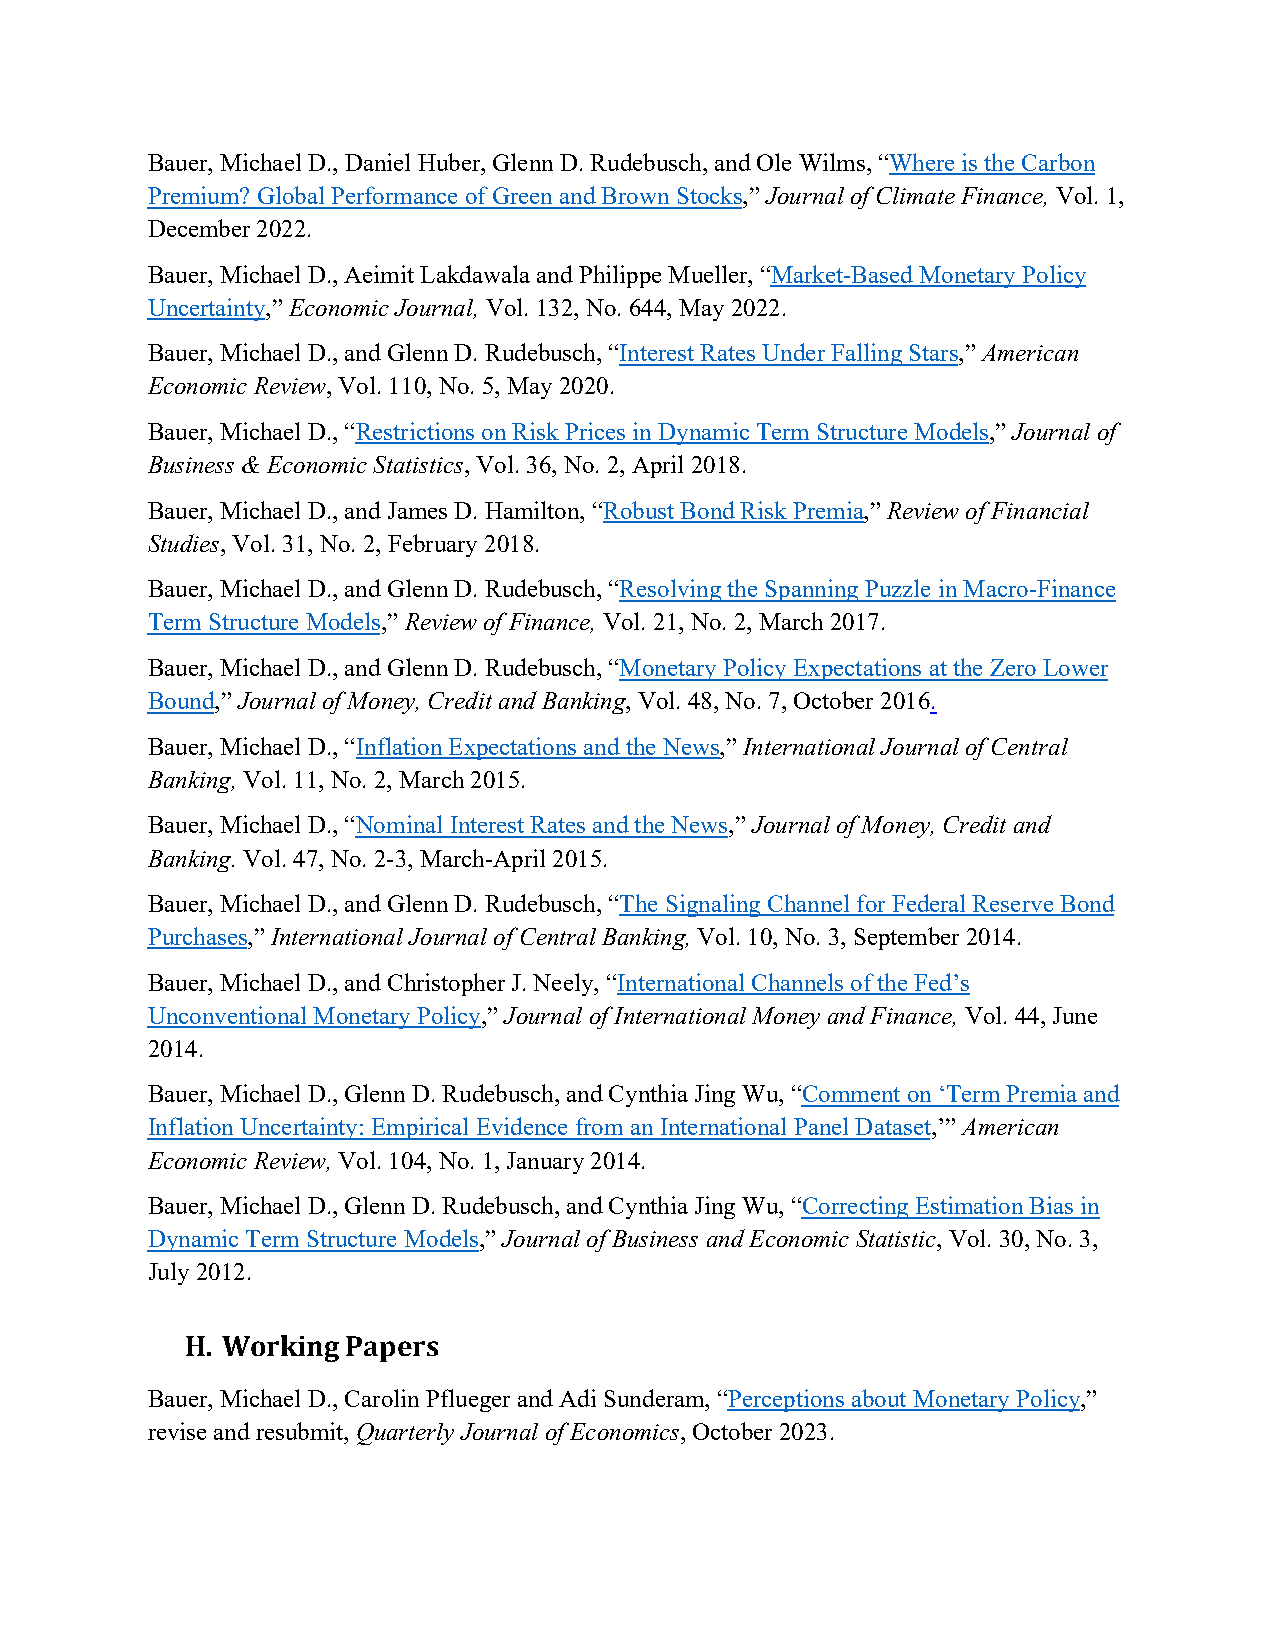
Bauer, Michael D., Daniel Huber, Glenn D. Rudebusch, and Ole Wilms, “Where is the Carbon
 Premium? Global Performance of Green and Brown Stocks,” Journal of Climate Finance, Vol. 1,
 December 2022.
 Bauer, Michael D., Aeimit Lakdawala and Philippe Mueller, “Market-Based Monetary Policy
 Uncertainty,” Economic Journal, Vol. 132, No. 644, May 2022.
 Bauer, Michael D., and Glenn D. Rudebusch, “Interest Rates Under Falling Stars,” American
 Economic Review, Vol. 110, No. 5, May 2020.
 Bauer, Michael D., “Restrictions on Risk Prices in Dynamic Term Structure Models,” Journal of
 Business & Economic Statistics, Vol. 36, No. 2, April 2018.
 Bauer, Michael D., and James D. Hamilton, “Robust Bond Risk Premia,” Review of Financial
 Studies, Vol. 31, No. 2, February 2018.
 Bauer, Michael D., and Glenn D. Rudebusch, “Resolving the Spanning Puzzle in Macro-Finance
 Term Structure Models,” Review of Finance, Vol. 21, No. 2, March 2017.
 Bauer, Michael D., and Glenn D. Rudebusch, “Monetary Policy Expectations at the Zero Lower
 Bound,” Journal of Money, Credit and Banking, Vol. 48, No. 7, October 2016.
 Bauer, Michael D., “Inflation Expectations and the News,” International Journal of Central
 Banking, Vol. 11, No. 2, March 2015.
 Bauer, Michael D., “Nominal Interest Rates and the News,” Journal of Money, Credit and
 Banking. Vol. 47, No. 2-3, March-April 2015.
 Bauer, Michael D., and Glenn D. Rudebusch, “The Signaling Channel for Federal Reserve Bond
 Purchases,” International Journal of Central Banking, Vol. 10, No. 3, September 2014.
 Bauer, Michael D., and Christopher J. Neely, “International Channels of the Fed’s
 Unconventional Monetary Policy,” Journal of International Money and Finance, Vol. 44, June
 2014.
 Bauer, Michael D., Glenn D. Rudebusch, and Cynthia Jing Wu, “Comment on ‘Term Premia and
 Inflation Uncertainty: Empirical Evidence from an International Panel Dataset,’” American
 Economic Review, Vol. 104, No. 1, January 2014.
 Bauer, Michael D., Glenn D. Rudebusch, and Cynthia Jing Wu, “Correcting Estimation Bias in
 Dynamic Term Structure Models,” Journal of Business and Economic Statistic, Vol. 30, No. 3,
 July 2012.
 H. Working Papers
 Bauer, Michael D., Carolin Pflueger and Adi Sunderam, “Perceptions about Monetary Policy,”
 revise and resubmit, Quarterly Journal of Economics, October 2023.